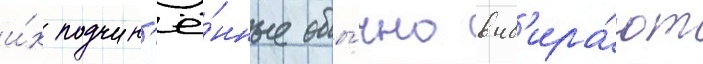
и́х подчин'ё́нные обы́чно выб'ира́ют